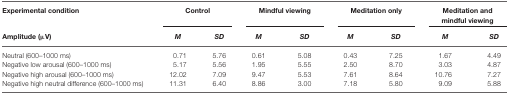
| Experimental condition | <COLSPAN=2> Control | <COLSPAN=2> Mindful viewing | <COLSPAN=2> Meditation only | <COLSPAN=2> Meditation and mindful viewing |
 | Amplitude (μV) | M | SD | M | SD | M | SD | M | SD |
 | --- | --- | --- | --- | --- | --- | --- | --- | --- |
 | Neutral (600–1000 ms) | 0.71 | 5.76 | 0.61 | 5.08 | 0.43 | 7.25 | 1.67 | 4.49 |
 | Negative low arousal (600–1000 ms) | 5.17 | 5.56 | 1.95 | 5.55 | 2.50 | 8.70 | 3.03 | 4.87 |
 | Negative high arousal (600–1000 ms) | 12.02 | 7.09 | 9.47 | 5.53 | 7.61 | 8.64 | 10.76 | 7.27 |
 | Negative high neutral difference (600–1000 ms) | 11.31 | 6.40 | 8.86 | 3.00 | 7.18 | 5.80 | 9.09 | 5.88 |